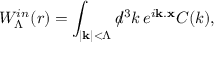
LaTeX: W _ { \Lambda } ^ { i n } ( r ) = \int _ { | { \bf k } | < \Lambda } d \! \! \! / ^ { 3 } k \, e ^ { i { \bf k } . { \bf x } } C ( k ) ,